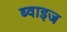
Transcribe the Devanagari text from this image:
ब्वाइज